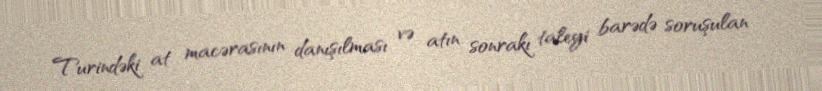
Turindəki at macərasının danışılması və atın sonrakı taleyi barədə soruşulan